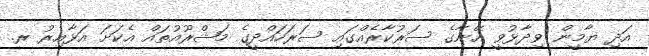
އަދި ޔާމީން ވިދާޅުވީ އޭނާގެ ސަރުކާރެއްގައި ސަރަހައްދީގެ މަޝްރޫއުތައް އެކަށަ އަޅާއިރު ރ.